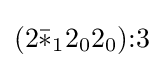
(2{\bar {*}}_{1}2_{0}2_{0}){:}3